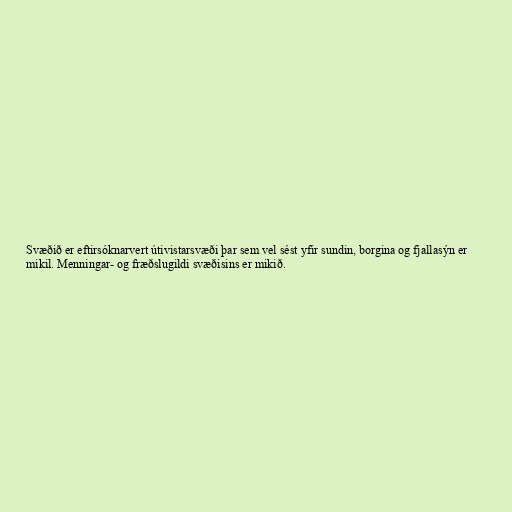
Svæðið er eftirsóknarvert útivistarsvæði þar sem vel sést yfir sundin, borgina og fjallasýn er
mikil. Menningar- og fræðslugildi svæðisins er mikið.